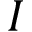
I